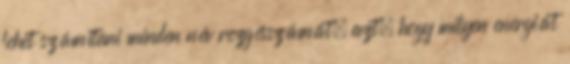
lehet számítani minden név rezgésszámát, azt, hogy milyen energiát